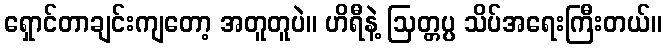
ရှောင်တာချင်းကျတော့ အတူတူပဲ။ ဟိရီနဲ့ ဩတ္တပ္ပ သိပ်အရေးကြီးတယ်။